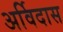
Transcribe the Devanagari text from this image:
अर्विदास